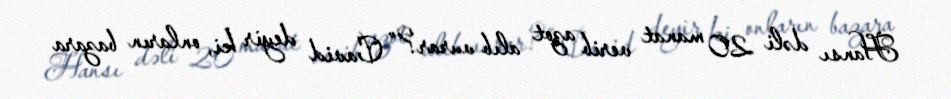
Hansı dəli 20 manat verib azot alıb vurar?” Cavid deyir ki, onların bazara